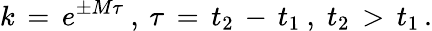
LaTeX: k\, =\, e^{\pm M\tau}\: ,\: \tau\, =\, t_{2}\, -\, t_{1}\: ,\; t_{2}\, >\, t_{1}\, .